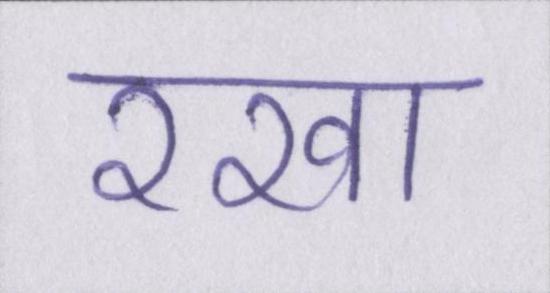
रखा